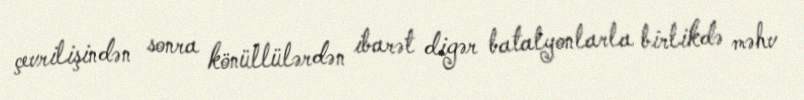
çevrilişindən sonra könüllülərdən ibarət digər batalyonlarla birlikdə məhv